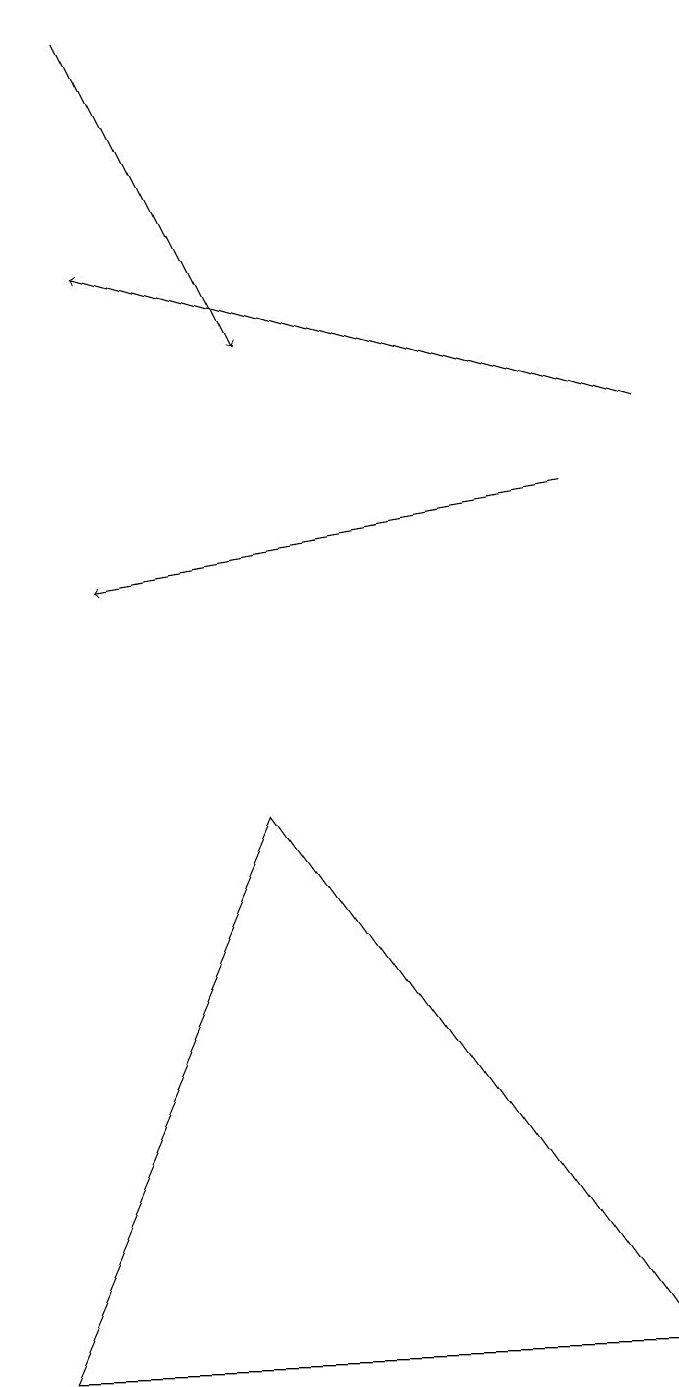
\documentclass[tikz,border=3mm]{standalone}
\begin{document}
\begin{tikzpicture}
\draw (0,1) -- (8,1) -- (3,8) -- cycle;
\draw[->] (7,12) -- (1,11);
\draw[->] (1,18) -- (3,14);
\draw[->] (8,13) -- (1,15);
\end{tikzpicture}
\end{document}